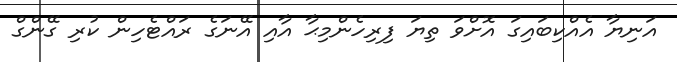
އަނިޔާ އެއްކިބައިގަ އޮށްވަ ތިޔަ ފިރިހެންމިޙާ އާއި އޭނަގެ ރައްޓެހިން ކުރި ގޭންގް